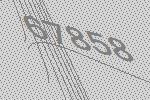
67858